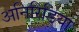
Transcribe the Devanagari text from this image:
अनिरिडिया